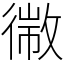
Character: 幑